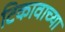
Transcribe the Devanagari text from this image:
टिकावाच्या